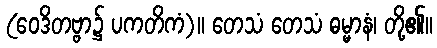
(ဝေဒိတဗ္ဗာ၌ ပကတိကံ)။ တေသံ တေသံ ဓမ္မာနံ၊ တို့၏။